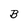
Character: B